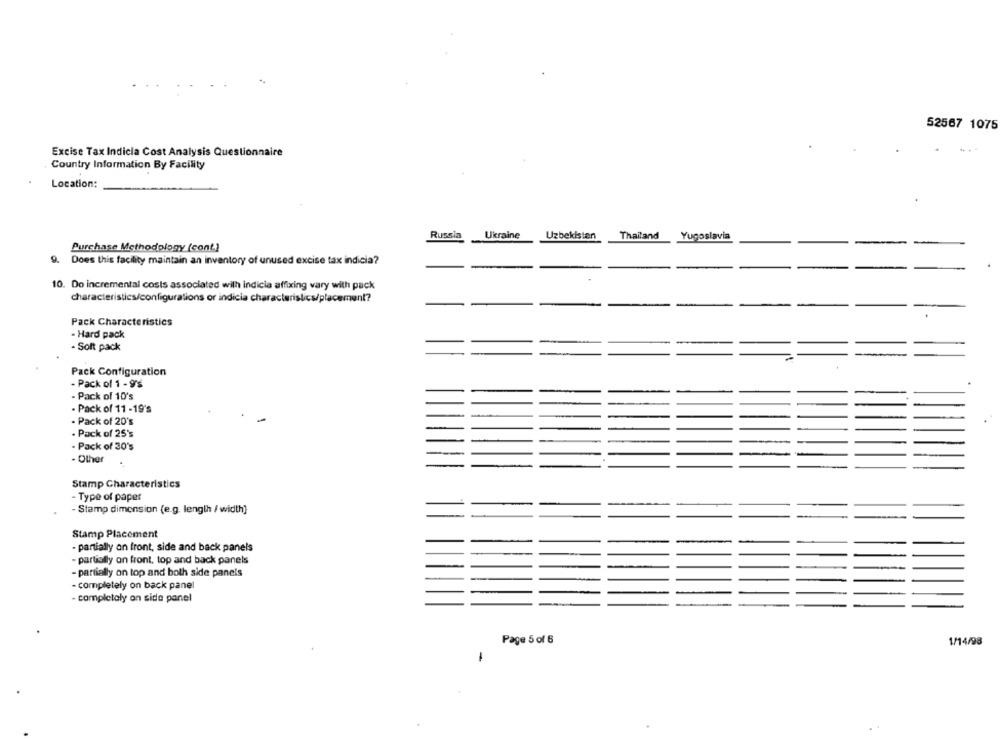
52567 1075
Excise Tax Indicia Cost Analysis Questionnaire
Country Information By Facility
Location:
Russia
Ukraine
Uzbekistan
Thailand
Yugoslavia
Purchase Methodology (cont.)
9. Does this facility maintain an inventory of unused excise tax indicia?
10. Do incremental costs associated with indicia affixing vary with pack
characteristics/configurations or indicia characteristics/placement?
Pack Characteristics
- Hard pack
-
. Soft pack
--
Pack Configuration
- Pack of 1 - 9's
- Pack of 10's
- Pack of 11 -19's
- Pack of 20's
. Pack of 25's
- Pack of 30's
- Other
Stamp Characteristics
- Type of paper
- Stamp dimension (e.g. length / width]
Stamp Placement
- partially on front, side and back panels
- partially on front, top and back panels
- partially on top and both side panels
- completely on back panel
- completaly on side panel
Page 5 of 6
1/14/98